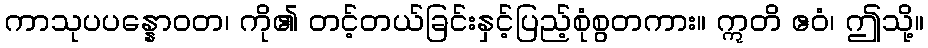
ကာသုပပန္နောဝတ၊ ကို၏ တင့်တယ်ခြင်းနှင့်ပြည့်စုံစွတကား။ ဣတိ ဧဝံ၊ ဤသို့။